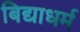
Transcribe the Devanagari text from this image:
बिद्याधर्म